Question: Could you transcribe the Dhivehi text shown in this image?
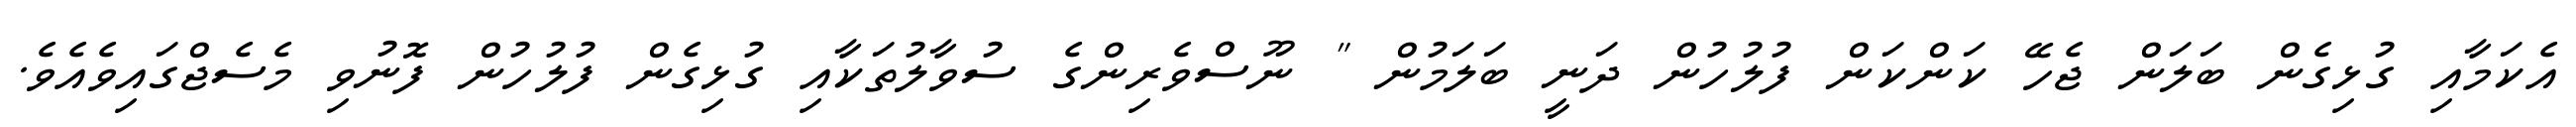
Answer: އެކަމާއި ގުޅިގެން ބަލަން ޖެހޭ ކަންކަން ފުލުހުން ދަނީ ބަލަމުން " ނޫސްވެރިންގެ ސުވާލުތަކާއި ގުޅިގެން ފުލުހުން ފޮނުވި މެސެޖްގައިވެއެވެ.